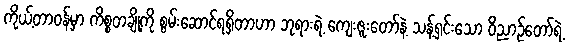
ကိုယ့်တာဝန်မှာ ကိစ္စတချို့ကို စွမ်းဆောင်ရရှိတာဟာ ဘုရားရဲ့ ကျေးဇူးတော်နဲ့ သန့်ရှင်းသော ဝိညာဉ်တော်ရဲ့